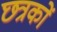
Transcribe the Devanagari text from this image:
छत्रकों